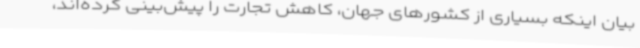
بیان اینکه بسیاری از کشورهای جهان، کاهش تجارت را پیش‌بینی کرده‌اند،